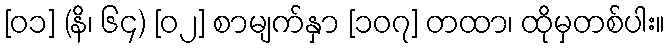
[၀၁] (နိ၊ ၆၄) [၀၂] စာမျက်နှာ [၁၀၇] တထာ၊ ထိုမှတစ်ပါး။